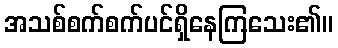
အသစ်စက်စက်ပင်ရှိနေကြသေး၏။